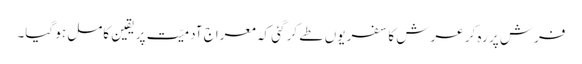
فرش پر رہ کر عرش کا سفر یوں طے کر گئی کہ معراجِ آدمیّت پر یقینِ کامل ہو گیا۔